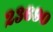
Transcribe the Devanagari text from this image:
२३६९०